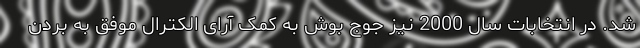
شد. در انتخابات سال 2000 نیز جوج بوش به کمک آرای الکترال موفق به بردن